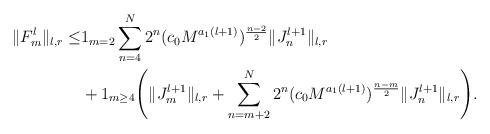
LaTeX: \begin{align*}\|F_m^l\|_{l,r}\le &1_{m=2}\sum_{n=4}^N 2^n (c_0M^{a_1(l+1)})^{\frac{n-2}{2}}\|J_n^{l+1}\|_{l,r}\\&+1_{m\ge 4}\Bigg(\|J_m^{l+1}\|_{l,r}+\sum_{n=m+2}^N 2^n (c_0M^{a_1(l+1)})^{\frac{n-m}{2}}\|J_n^{l+1}\|_{l,r}\Bigg).\end{align*}